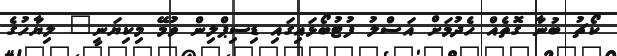
ކޯޗު ބުނާ ގޮތެއް ހެދުމަށް އަސްލު ފުޓުބޯޅައިގައި ޑިސިޕްލިން ވުމޭ މިކިޔަނީ" ލިޔާހުގެ